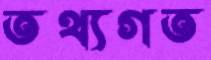
তথ্যগত